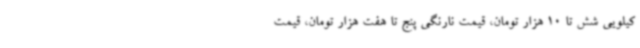
کیلویی شش تا 10 هزار تومان، قیمت نارنگی پنج تا هفت هزار تومان، قیمت